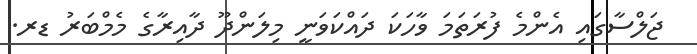
ޖަލްސާގައި އެންމެ ފުރަތަމަ ވާހަކަ ދައްކަވަނީ މިލަންދޫ ދާއިރާގެ މެމްބަރު ޑރ.